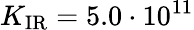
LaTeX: K_{\mathrm{IR}}=5.0\cdot 10^{11}